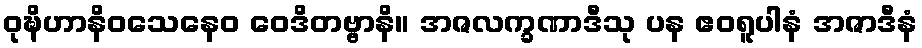
ဝုဍ္ဎိဟာနိဝသေနေဝ ဝေဒိတဗ္ဗာနိ။ အဇလက္ခဏာဒီသု ပန ဧဝရူပါနံ အဇာဒီနံ